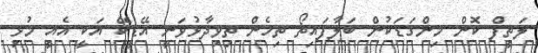
ލަތީފް ކޮން މިންގަޑަކުން ބަލާފައިތޯ ތިހެން ތިވިދާޅުވަނީ އޭޑީކޭ އަކީ އެއީ މުޅި